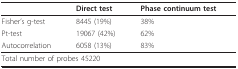
|  | Direct test | Phase continuum test |
 | --- | --- | --- |
 | Fisher's g-test | 8445 (19%) | 38% |
 | Pt-test | 19067 (42%) | 62% |
 | Autocorrelation | 6058 (13%) | 83% |
 | <COLSPAN=3> Total number of probes 45220 |